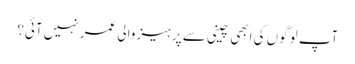
آپ لوگوں کی ابھی چینی سے پرہیز والی عمر نہیں آئی؟